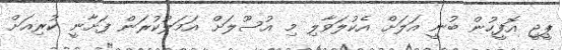
ޕީޖީ އޮފީހުން ބުނީ އަލަށް އެކުލަވާލި މި އުސޫލަށް އަމަލުކުރަން ފަށާނީ ކުރިއަށް